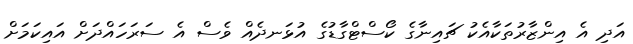
އަދި އެ އިންޒާރުތަކާއެކު ޗައިނާގެ ކޯސްޓްގާޑުގެ އުޅަނދެއް ވެސް އެ ސަރަހައްދަށް އައިކަމަށް